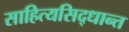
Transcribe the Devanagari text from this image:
साहित्यसिद्धान्त